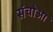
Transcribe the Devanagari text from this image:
संचोआ